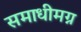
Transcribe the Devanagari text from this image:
समाधीमग्न